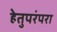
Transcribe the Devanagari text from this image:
हेतुपरंपरा